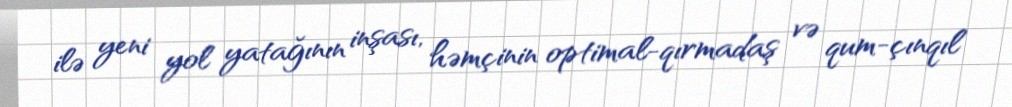
ilə yeni yol yatağının inşası, həmçinin optimal-qırmadaş və qum-çınqıl